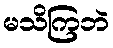
မသိကြဘဲ